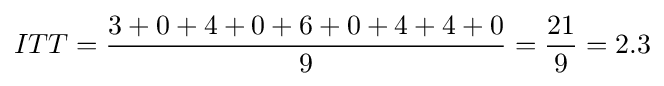
ITT={\frac {3+0+4+0+6+0+4+4+0}{9}}={\frac {21}{9}}=2.3